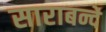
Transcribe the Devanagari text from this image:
साराबन्दे